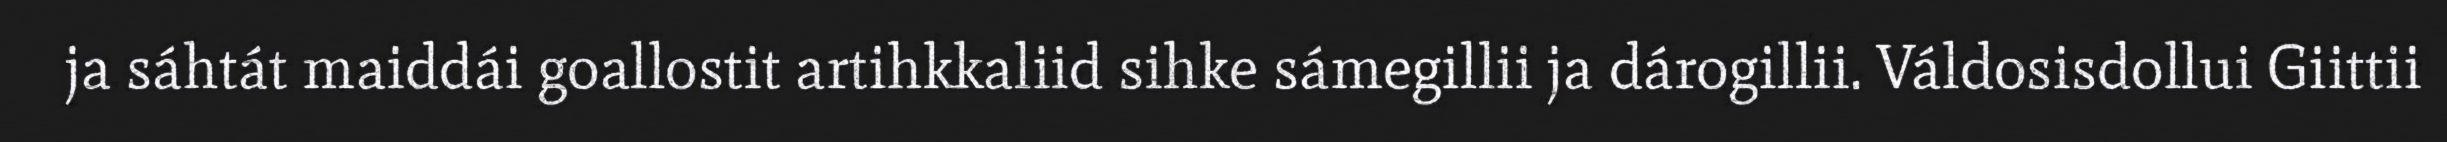
ja sáhtát maiddái goallostit artihkkaliid sihke sámegillii ja dárogillii. Váldosisdollui Giittii